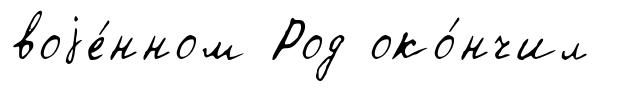
воjе́нном Род око́нчил